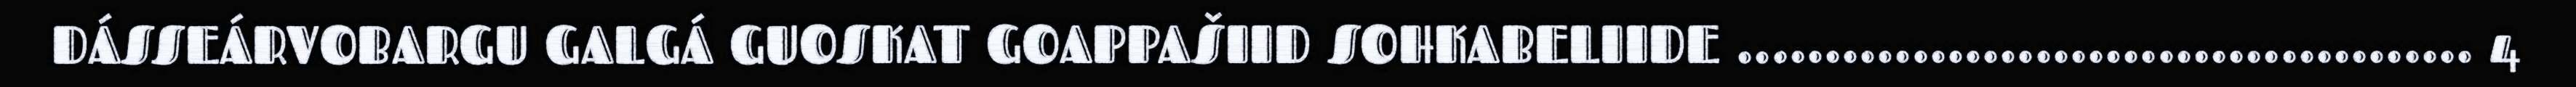
DÁSSEÁRVOBARGU GALGÁ GUOSKAT GOAPPAŠIID SOHKABELIIDE .......................................... 4